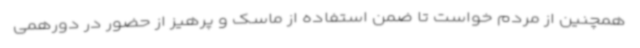
همچنین از مردم خواست تا ضمن استفاده از ماسک و پرهیز از حضور در دورهمی